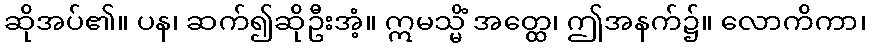
ဆိုအပ်၏။ ပန၊ ဆက်၍ဆိုဦးအံ့။ ဣမသ္မိံ အတ္ထေ၊ ဤအနက်၌။ လောကိကာ၊